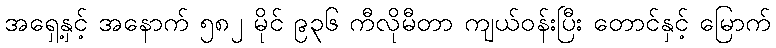
အရှေ့နှင့် အနောက် ၅၈၂ မိုင် ၉၃၆ ကီလိုမီတာ ကျယ်ဝန်းပြီး တောင်နှင့် မြောက်